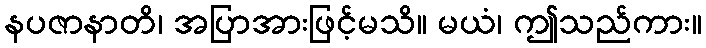
နပဇာနာတိ၊ အပြာအားဖြင့်မသိ။ မယံ၊ ဤသည်ကား။